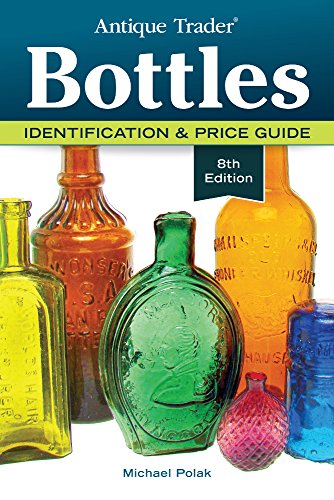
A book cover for Antique Trader Bottles: Identification & Price Guide; Michael Polak; Crafts, Hobbies & Home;